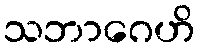
သဘာဂေဟိ